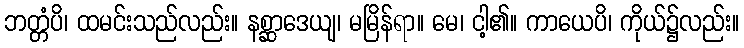
ဘတ္တံပိ၊ ထမင်းသည်လည်း။ နစ္ဆာဒေယျ၊ မမြိန်ရာ။ မေ၊ ငါ့၏။ ကာယေပိ၊ ကိုယ်၌လည်း။